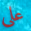
علي